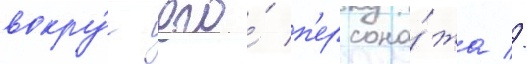
вокру́г его́ п'ерсона́жа //